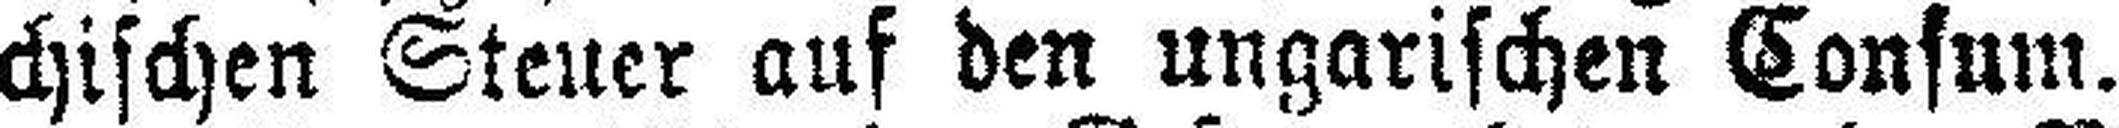
chischen Steuer auf den ungarischen Consum.